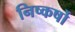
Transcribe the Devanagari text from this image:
निष्कर्षो